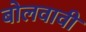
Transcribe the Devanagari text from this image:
बोलवावी